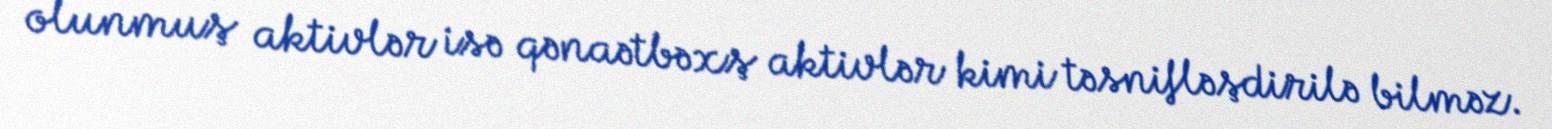
olunmuş aktivlər isə qənaətbəxş aktivlər kimi təsnifləşdirilə bilməz.